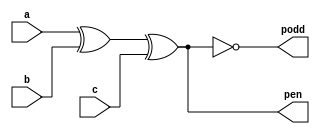
module parity_gen(a,b,c,pen,podd);
input a,b,c;
output pen,podd;
assign pen = a^b^c;
assign podd = ~(a^b^c);
endmodule